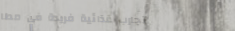
تجارب غذائية فريدة في مطا